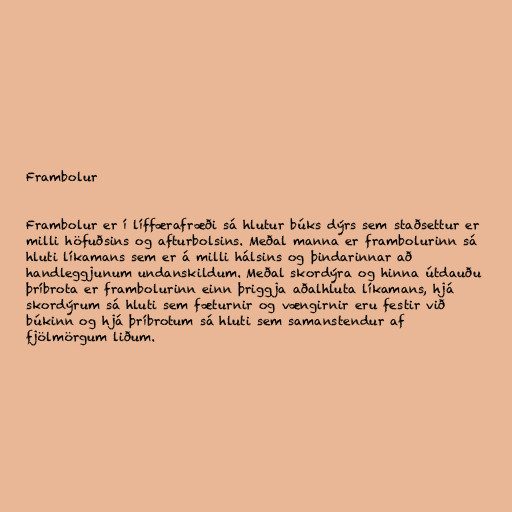
Frambolur

Frambolur er í líffærafræði sá hlutur búks dýrs sem staðsettur er
milli höfuðsins og afturbolsins. Meðal manna er frambolurinn sá
hluti líkamans sem er á milli hálsins og þindarinnar að
handleggjunum undanskildum. Meðal skordýra og hinna útdauðu
þríbrota er frambolurinn einn þriggja aðalhluta líkamans, hjá
skordýrum sá hluti sem fæturnir og vængirnir eru festir við
búkinn og hjá þríbrotum sá hluti sem samanstendur af
fjölmörgum liðum.